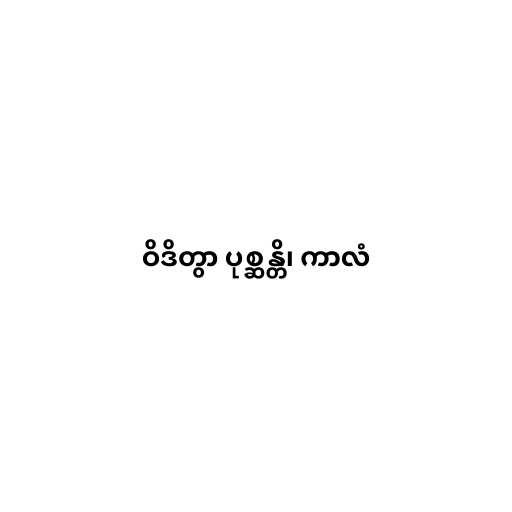
ဝိဒိတွာ ပုစ္ဆန္တိ၊ ကာလံ